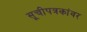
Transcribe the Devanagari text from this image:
सूचीपत्रकांवर